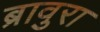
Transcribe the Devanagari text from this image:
ब्रावुरा